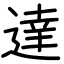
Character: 達